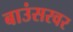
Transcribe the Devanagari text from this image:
बाउंसरवर